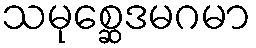
သမုစ္ဆေဒမဂမာ